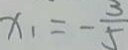
x _ { 1 } = - \frac { 3 } { 5 }